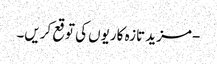
- مزید تازہ کاریوں کی توقع کریں۔